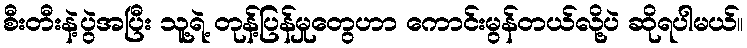
စီးတီးနဲ့ပွဲအပြီး သူ့ရဲ့ တုန့်ပြန်မှုတွေဟာ ကောင်းမွန်တယ်လို့ပဲ ဆိုရပါမယ်။